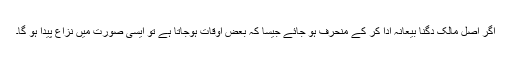
اگر اصل مالک دگنا بیعانہ ادا کر کے منحرف ہو جائے جیسا کہ بعض اوقات ہوجاتا ہے تو ایسی صورت میں نزاع پیدا ہو گا۔